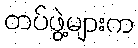
တပ်ဖွဲ့များက